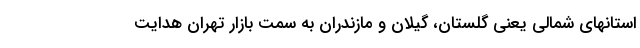
استانهای شمالی یعنی گلستان، گیلان و مازندران به سمت بازار تهران هدایت